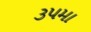
૩૫મા